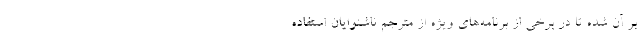
بر آن شده تا در برخی از برنامه‌های ویژه از مترجم ناشنوایان استفاده